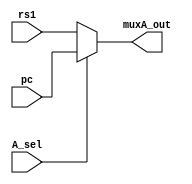
module mux_A (input [31:0] pc // gia tri PC hien hanh
		, rs1 // gia tri luu trong DataA cua Reg[] la rs1 
              ,input A_sel,
              output reg [31:0] muxA_out);
always @(A_sel, pc, rs1) begin
  if (A_sel)// A_sel = 1  chon toan hang 1 la gia tri PC cho ALU tinh toan phuc vu cac cau lenh nhay
    muxA_out= pc;
  else// A_sel = 0 chon du lieu tu Reg[] DataA laf toan hang 1 rs1 cho ALU
    muxA_out= rs1;
end
endmodule